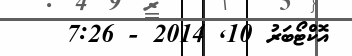
އޮކްޓޯބަރު 10